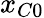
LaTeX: x_{C0}